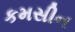
કમસીન